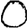
Digit: 0